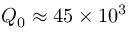
Q _ { 0 } \approx 4 5 \times 1 0 ^ { 3 }